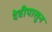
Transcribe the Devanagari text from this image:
देवीपासून